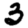
Digit: 3